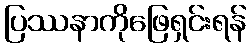
ပြဿနာကိုဖြေရှင်းရန်